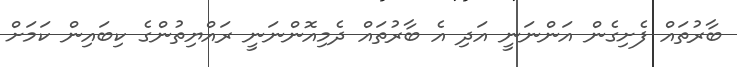
ބާރުތައް ފެށިގެން އަންނަނީ އަދި އެ ބާރުތައް ދެމިއޮންނަނީ ރައްޔިތުންގެ ކިބައިން ކަމަށް